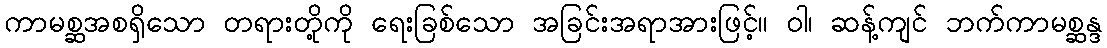
ကာမစ္ဆအစရှိသော တရားတို့ကို ရေးခြစ်သော အခြင်းအရာအားဖြင့်။ ဝါ၊ ဆန့်ကျင် ဘက်ကာမစ္ဆန္ဒ